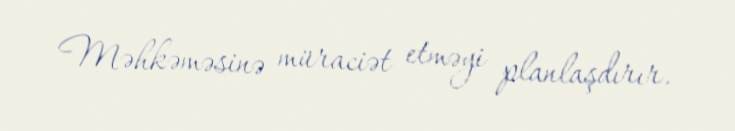
Məhkəməsinə müraciət etməyi planlaşdırır.